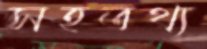
সহতথ্য